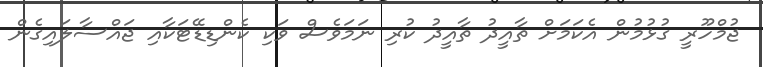
ޖުމްހޫރީ ގުޅުމުން އެކަމަށް ތާއީދު ތާއީދު ކުރި ނަމަވެސް ވަކި ކެންޑިޑޭޓަކާއި ޖައްސާލައިގެން